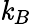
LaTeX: \mathit{k}_{B}